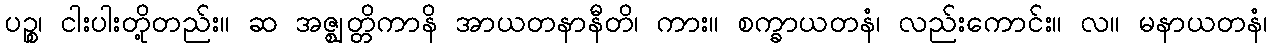
ပဉ္စ၊ ငါးပါးတို့တည်း။ ဆ အဇ္ဈတ္တိကာနိ အာယတနာနီတိ၊ ကား။ စက္ခာယတနံ၊ လည်းကောင်း။ လ။ မနာယတနံ၊